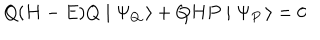
Q ( H - E ) Q \mid \Psi _ { Q } \, \rangle + Q H P \mid \Psi _ { P } \, \rangle = 0